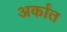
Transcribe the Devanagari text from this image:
अर्कांत